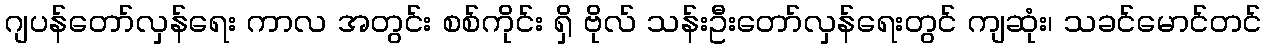
ဂျပန်တော်လှန်ရေး ကာလ အတွင်း စစ်ကိုင်း ရှိ ဗိုလ် သန်းဦးတော်လှန်ရေးတွင် ကျဆုံး၊ သခင်မောင်တင်